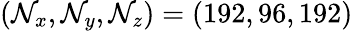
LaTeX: (\mathcal{N}_{x},\mathcal{N}_{y},\mathcal{N}_{z})=(192,96,192)